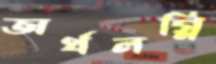
অর্থলগ্নি